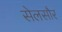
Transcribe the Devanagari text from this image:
सेलसौर